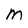
Character: M